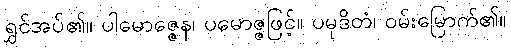
ရွှင်အပ်၏။ ပါမောဇ္ဇေန၊ ပမောဇ္ဇဖြင့်။ ပမုဒိတံ၊ ဝမ်းမြောက်၏။